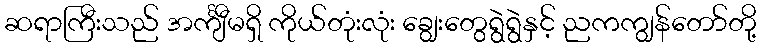
ဆရာကြီးသည် အင်္ကျီမရှိ ကိုယ်တုံးလုံး ချွေးတွေရွဲရွဲနှင့် ညကကျွန်တော်တို့